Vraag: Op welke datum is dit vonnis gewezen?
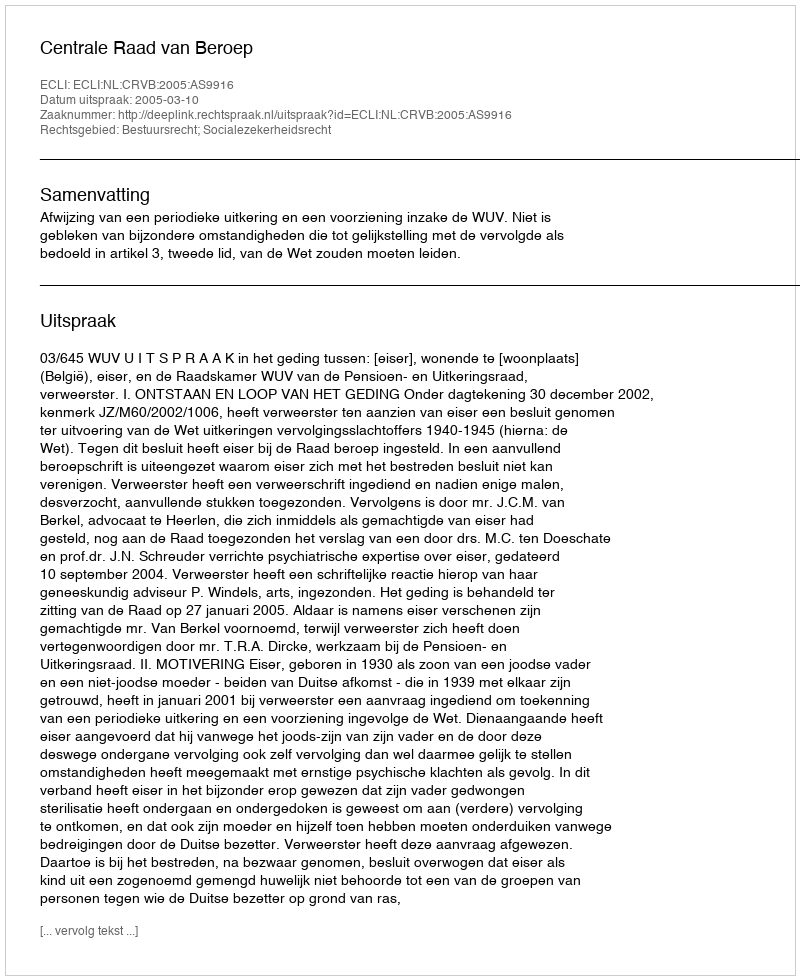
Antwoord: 2005-03-10